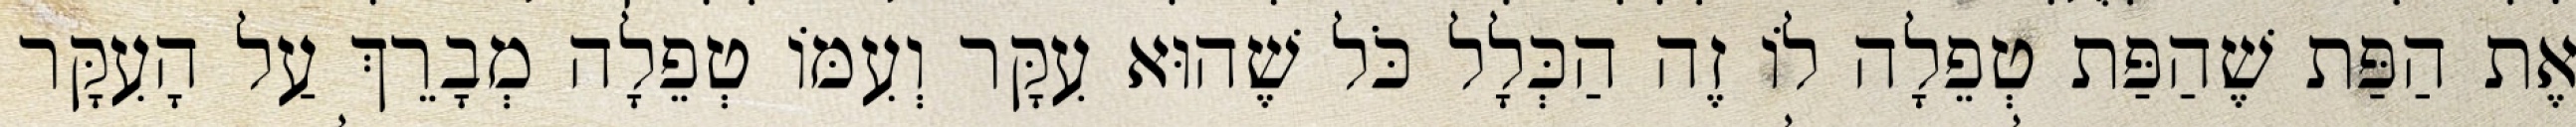
אֶת הַפַּת שֶׁהַפַּת טְפֵלָה לוֹ זֶה הַכְּלָל כֹּל שֶׁהוּא עִקָּר וְעִמּוֹ טְפֵלָה מְבָרֵךְ עַל הָעִקָּר